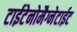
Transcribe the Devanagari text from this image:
टाईटेनोमैग्नेटाईट